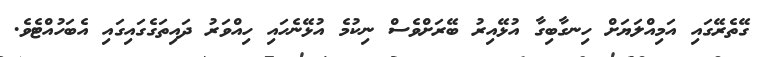
ގޭތެރޭގައި އަމިއްލަޔަށް ހިނގާބިގާ އުޅޭއިރު ބޭރަށްވެސް ނިކުމެ އުޅޭނެހައި ހިއްވަރު ދައިތަގެގައިގައި އެބަހުއްޓެވެ.